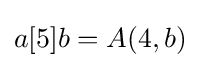
a[5]b=A(4,b)